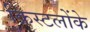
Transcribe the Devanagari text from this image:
क्रिस्टलोंके